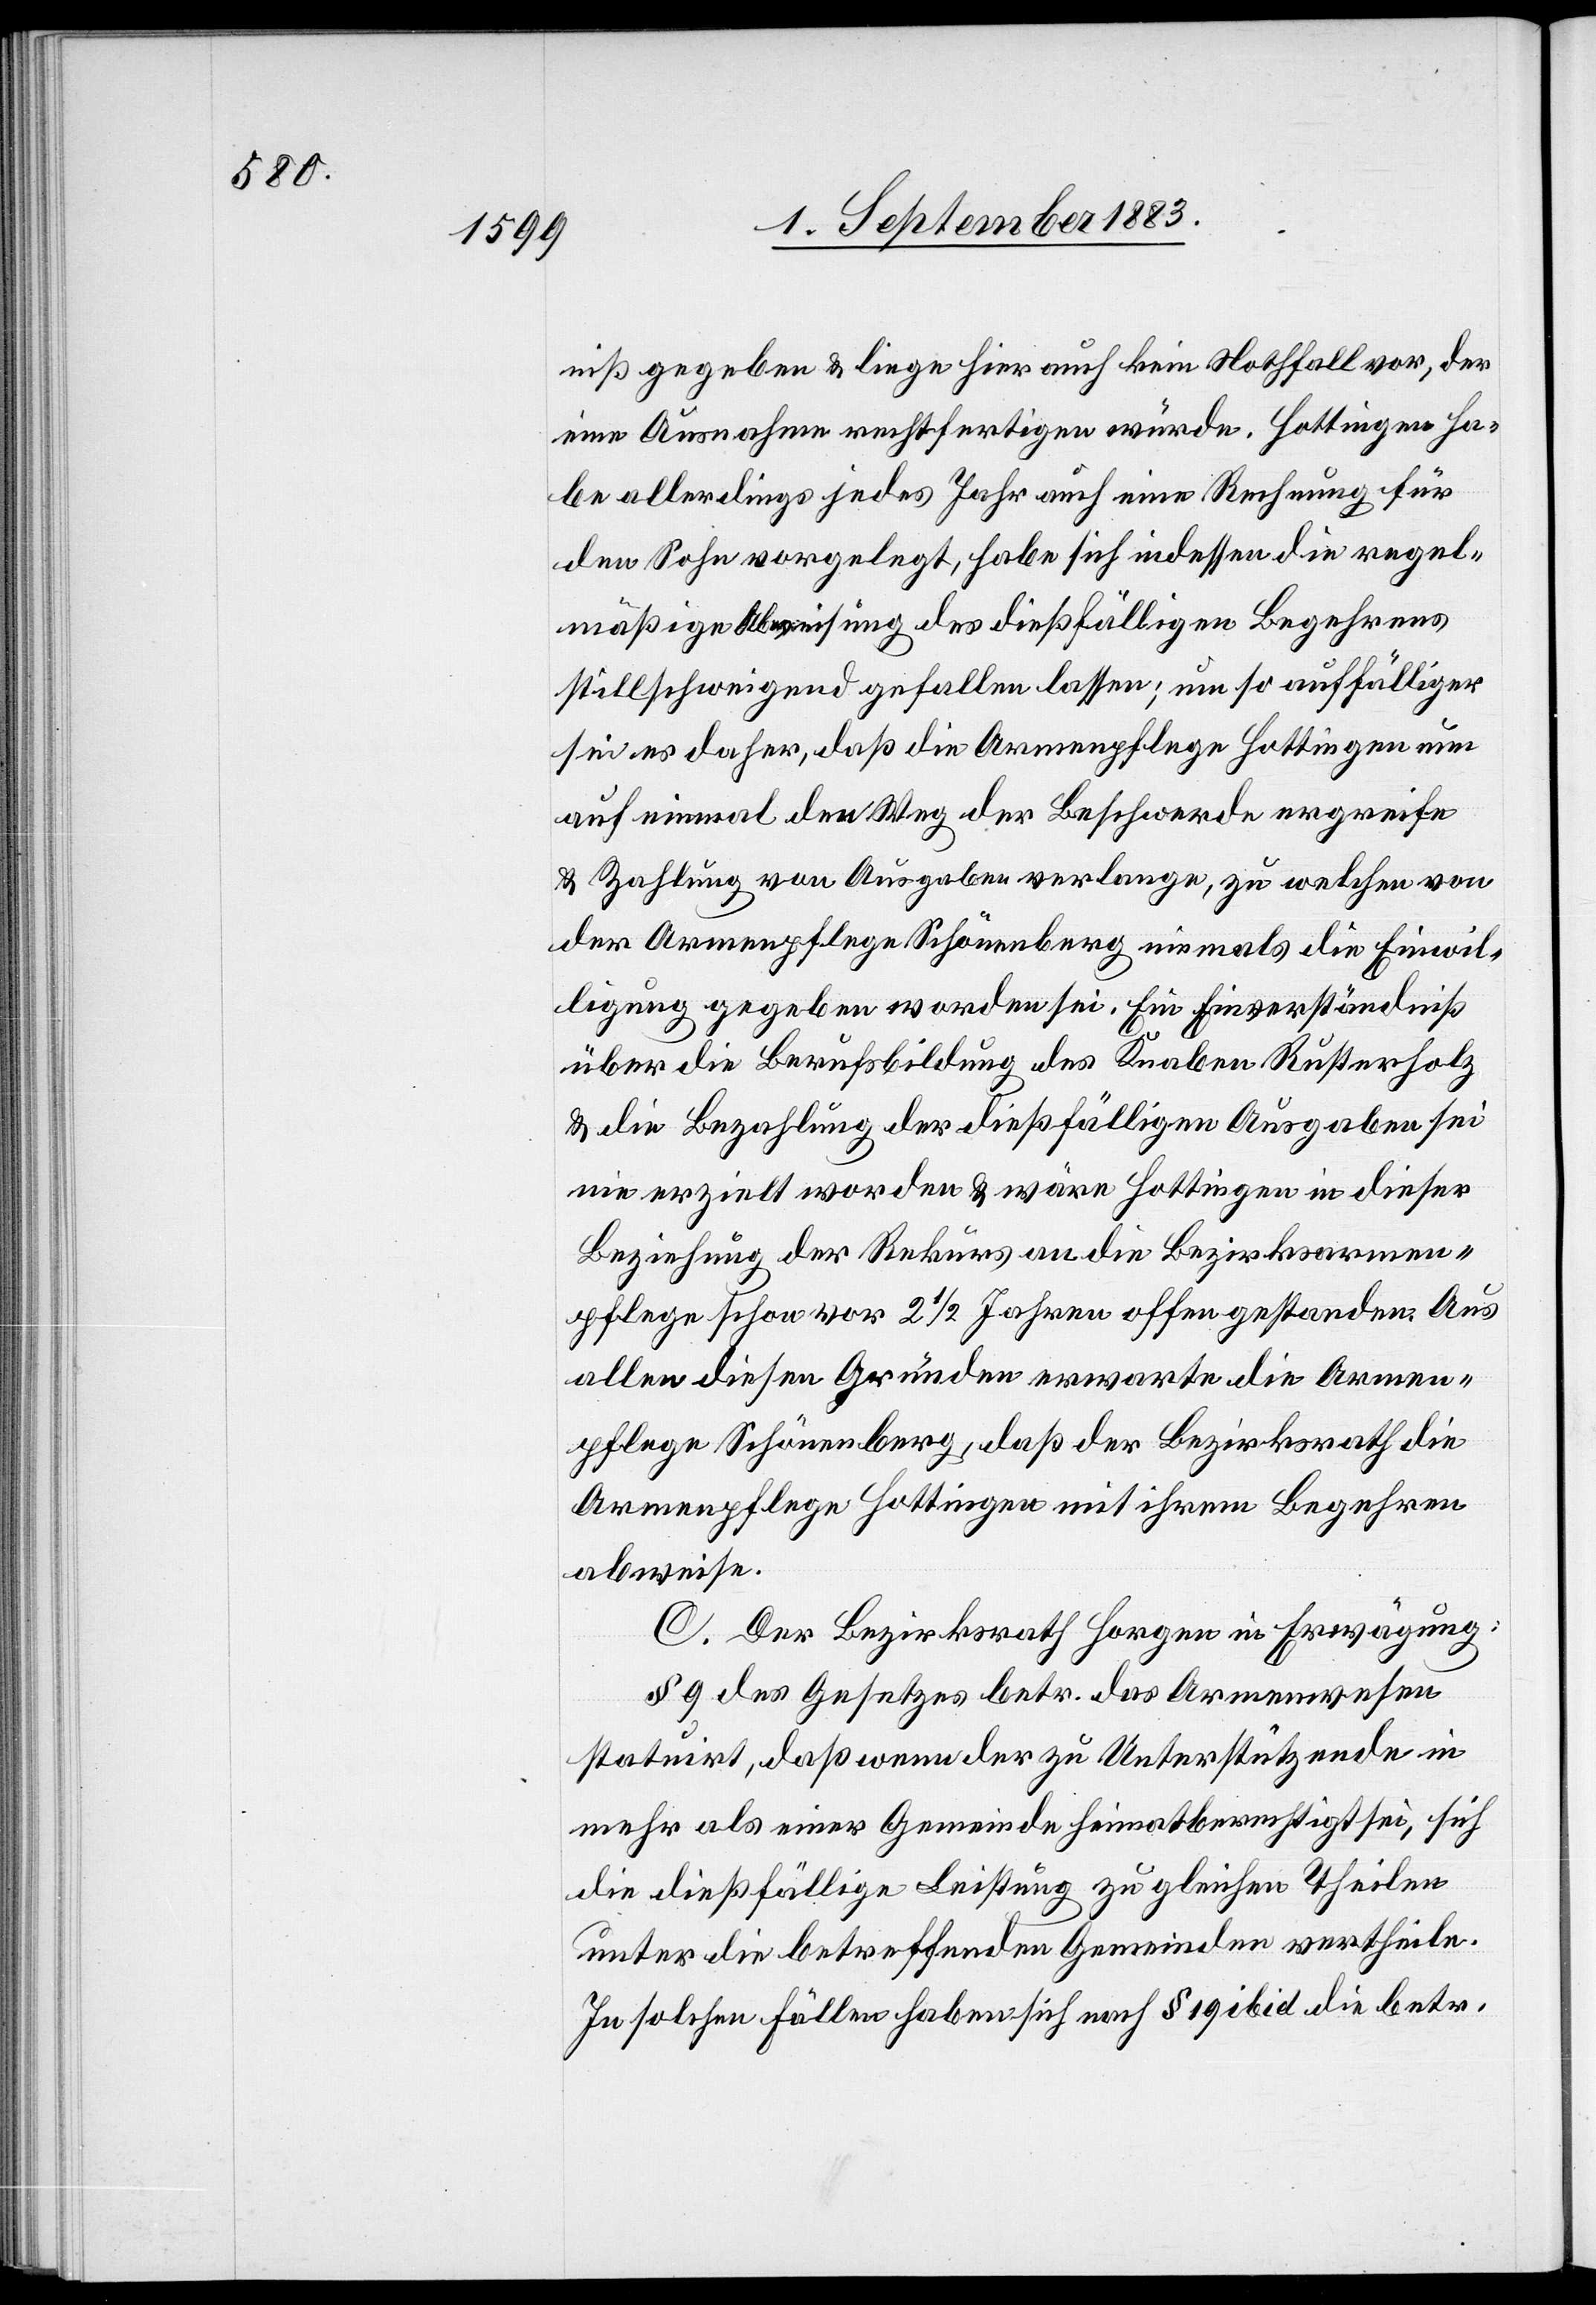
niß gegeben & liege hier auch kein Nothfall vor, der
eine Ausnahme rechtfertigen würde. Hottingen ha¬
be allerdings jedes Jahr auch eine Rechnung für
den Sohn vorgelegt, habe sich indessen die regel¬
mäßige Abweisung des dießfälligen Begehrens
stillschweigend gefallen lassen; um so auffälliger
sei es daher, daß die Armenpflege Hottingen nun
auf einmal den Weg der Beschwerde ergreife
& Zahlung von Ausgaben verlange, zu welchen von
der Armenpflege Schönenberg niemals die Einwil¬
ligung gegeben worden sei. Ein Einverständniß
über die Berufsbildung des Knaben Rusterholz
& die Bezahlung der dießfälligen Ausgaben sei
nie erzielt worden & wäre Hottingen in dieser
Beziehung der Rekurs an die Bezirksarmen¬
pflege schon von 2 1/2 Jahren offen gestanden. Aus
allen diesen Gründen erwarte die Armen¬
pflege Schönenberg, daß der Bezirksrath die
Armenpflege Hottingen mit ihrem Begehren
abweise.
C. Der Bezirksrath Horgen in Erwägung:
§ 9 des Gesetzes betr. das Armenwesen
statuirt, daß wenn der zu Unterstützende in
mehr als einer Gemeinde heimatberechtigt sei, sich
die dießfällige Leistung zu gleichen Theilen
unter die betreffenden Gemeinden vertheile.
In solchen Fällen haben sich nach § 19 ibid. die betr.